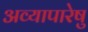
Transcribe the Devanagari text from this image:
अव्यापारेषु